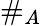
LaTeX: \# _{A}